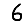
Digit: 6